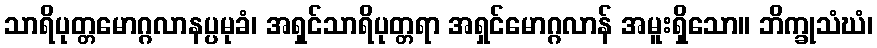
သာရိပုတ္တမောဂ္ဂလာနပ္ပမုခံ၊ အရှင်သာရိပုတ္တရာ အရှင်မောဂ္ဂလာန် အမူးရှိသော။ ဘိက္ခုသံဃံ၊